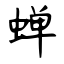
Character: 蝉